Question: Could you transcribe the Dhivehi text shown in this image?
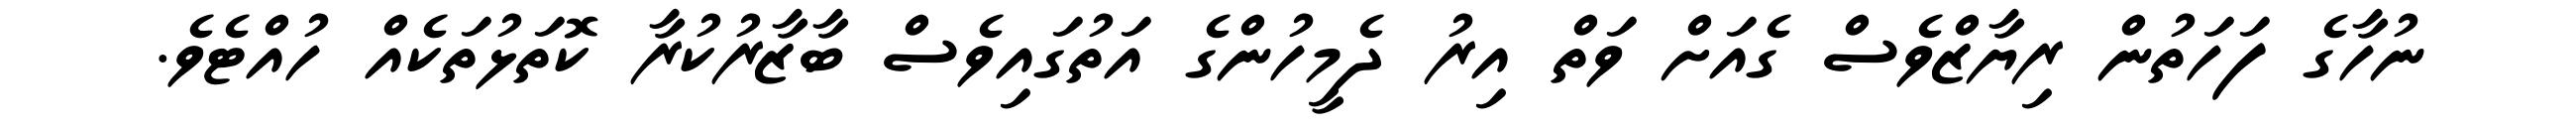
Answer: ނުހާގެ ފަހަތުން ރިޔާޒްވެސް ގެއަށް ވަތް އިރު ދެމީހުންގެ އަތުގައިވެސް ބާޒާރުކުރާ ކޮތަޅުތަކެއް ހުއްޓެވެ.